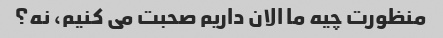
منظورت چیه ما الان داریم صحبت می کنیم، نه؟